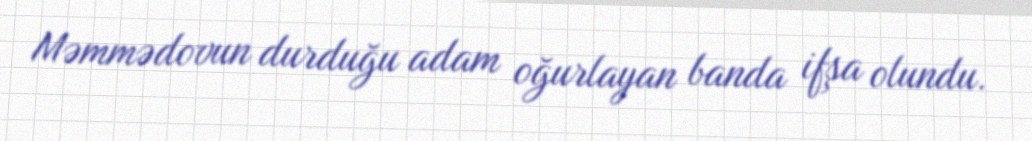
Məmmədovun durduğu adam oğurlayan banda ifşa olundu.